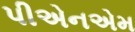
પીએનએમ